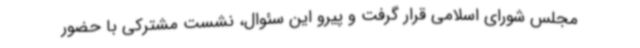
مجلس شورای اسلامی قرار گرفت و پیرو این سئوال، نشست مشترکی با حضور